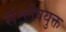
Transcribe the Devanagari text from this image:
संश्लेषयुक्त